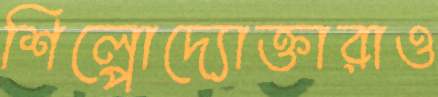
শিল্পোদ্যোক্তারাও